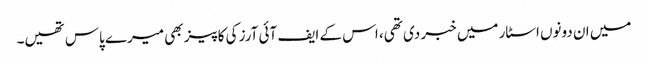
میں ان دونوں اسٹار میں خبر دی تھی، اس کے ایف آئی آرز کی کاپیز بھی میرے پاس تھیں۔